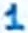
Text: 1